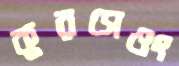
কুরসেওং